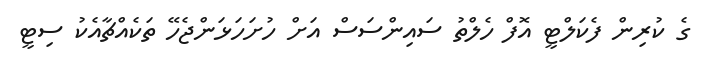
ގެ ކުރިން ފެކަލްޓީ އޮފް ހެލްތު ސައިންސަސް އަށް ހުށަހަޅަންޖެހޭ ތަކެއްޗާއެކު ސިޓީ